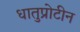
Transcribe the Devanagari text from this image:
धातुप्रोटीन